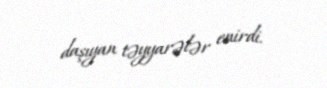
daşıyan təyyarələr enirdi.